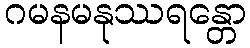
ဂမနမနုဿရန္တော